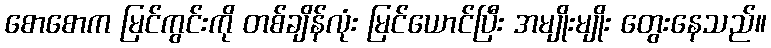
စောစောက မြင်ကွင်းကို တစ်ချိန်လုံး မြင်ယောင်ပြီး အမျိုးမျိုး တွေးနေသည်။